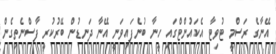
އޭނާގެ ރަސްމީ ޓުވިޓާ އެކައުންޓްގައި ހީނާ ބުނެފައިވަނީ އޭނާ ދަނޑުން ބޭރުކުރީ ފާސްނެތިގެން